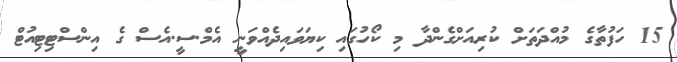
15 ހަފުތާގެ މުއްދަތަށް ކުރިއަށްގެންދާ މި ކޯހުގައި ކިޔަވައިދެއްވަނީ އެމް.ސީ.އެސް ގެ އިންސްޓިޓިއުޓް